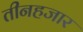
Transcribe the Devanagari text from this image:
तीनहजार